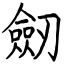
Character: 劒